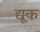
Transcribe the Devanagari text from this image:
द्यूक